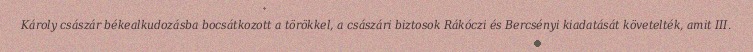
Károly császár békealkudozásba bocsátkozott a törökkel, a császári biztosok Rákóczi és Bercsényi kiadatását követelték, amit III.